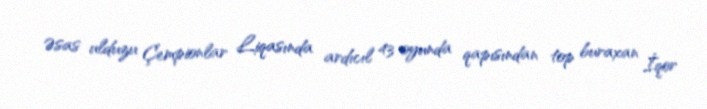
Əsas ulduzu Çempionlar Liqasında ardıcıl 43 oyunda qapısından top buraxan İqor